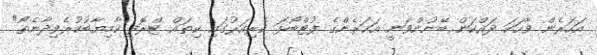
އަހަރެން ވާހަކަ ދައްކަން ބޭނުންވަނީ އަހަރެންގެ ފުޓްބޯޅަ ކެރިއަރުގައި ކިތައް ޓްރޮފީ ކާމިޔާބުކުރެވިދާނެތޯ"